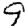
Digit: 9